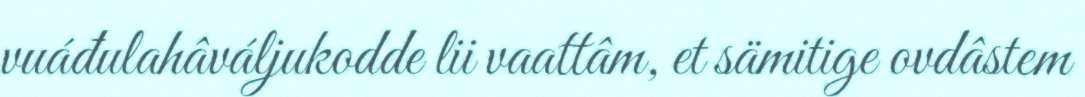
vuáđulahâváljukodde lii vaattâm, et sämitige ovdâstem